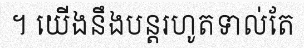
។ យើងនឹងបន្តរហូតទាល់តែ